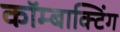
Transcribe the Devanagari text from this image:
कॉम्बाक्टिंग